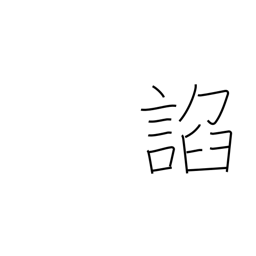
Meaning: flatter